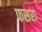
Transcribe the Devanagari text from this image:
फसरा